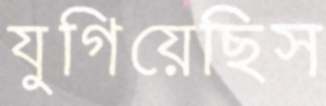
যুগিয়েছিস